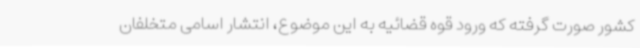
کشور صورت گرفته که ورود قوه قضائیه به این موضوع، انتشار اسامی متخلفان